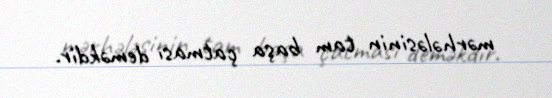
mərhələsinin tam başa çatması deməkdir.